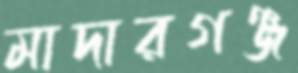
মাদারগঞ্জ